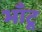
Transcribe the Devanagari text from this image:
भाँटू